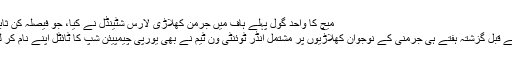
میچ کا واحد گول پہلے ہاف میں جرمن کھلاڑی لارس شٹینڈل نے کیا، جو فیصلہ کن ثابت ہوا
اس سے قبل گزشتہ ہفتے ہی جرمنی کے نوجوان کھلاڑیوں پر مشتمل انڈر ٹوئنٹی ون ٹیم نے بھی یورپی چیمپیئن شپ کا ٹائٹل اپنے نام کر لیا تھا۔